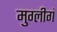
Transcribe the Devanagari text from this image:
मुग्लीगं